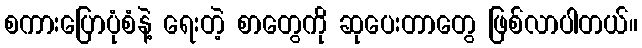
စကားပြောပုံစံနဲ့ ရေးတဲ့ စာတွေကို ဆုပေးတာတွေ ဖြစ်လာပါတယ်။